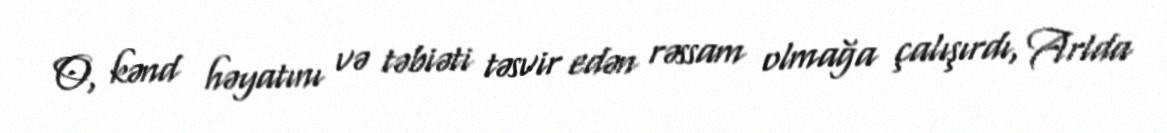
O, kənd həyatını və təbiəti təsvir edən rəssam olmağa çalışırdı, Arlda